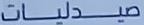
صیدلیتات